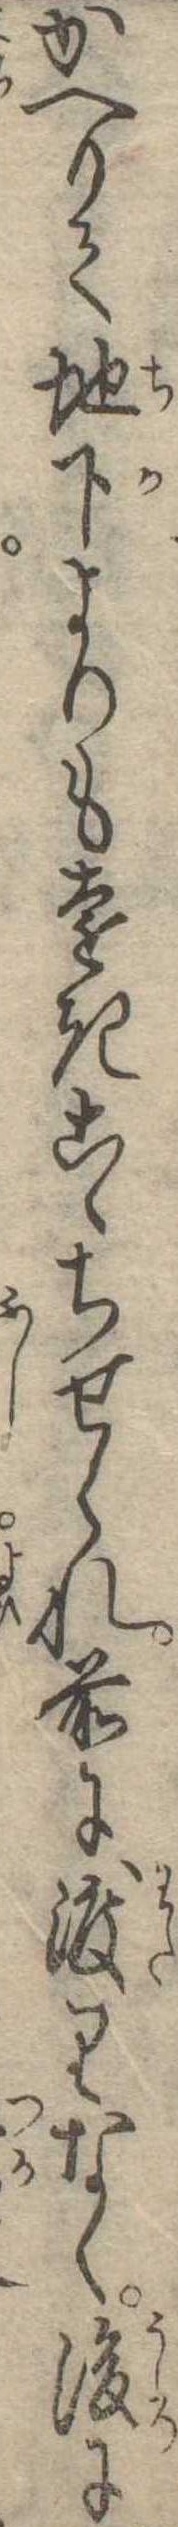
かへりて地下よりも遠きこゝちせられ前に渡りなく後に